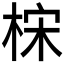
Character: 𰗮